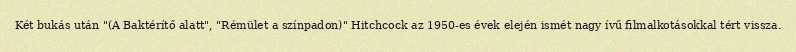
Két bukás után "(A Baktérítő alatt", "Rémület a színpadon)" Hitchcock az 1950-es évek elején ismét nagy ívű filmalkotásokkal tért vissza.